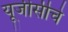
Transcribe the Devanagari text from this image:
यूजीसीचे